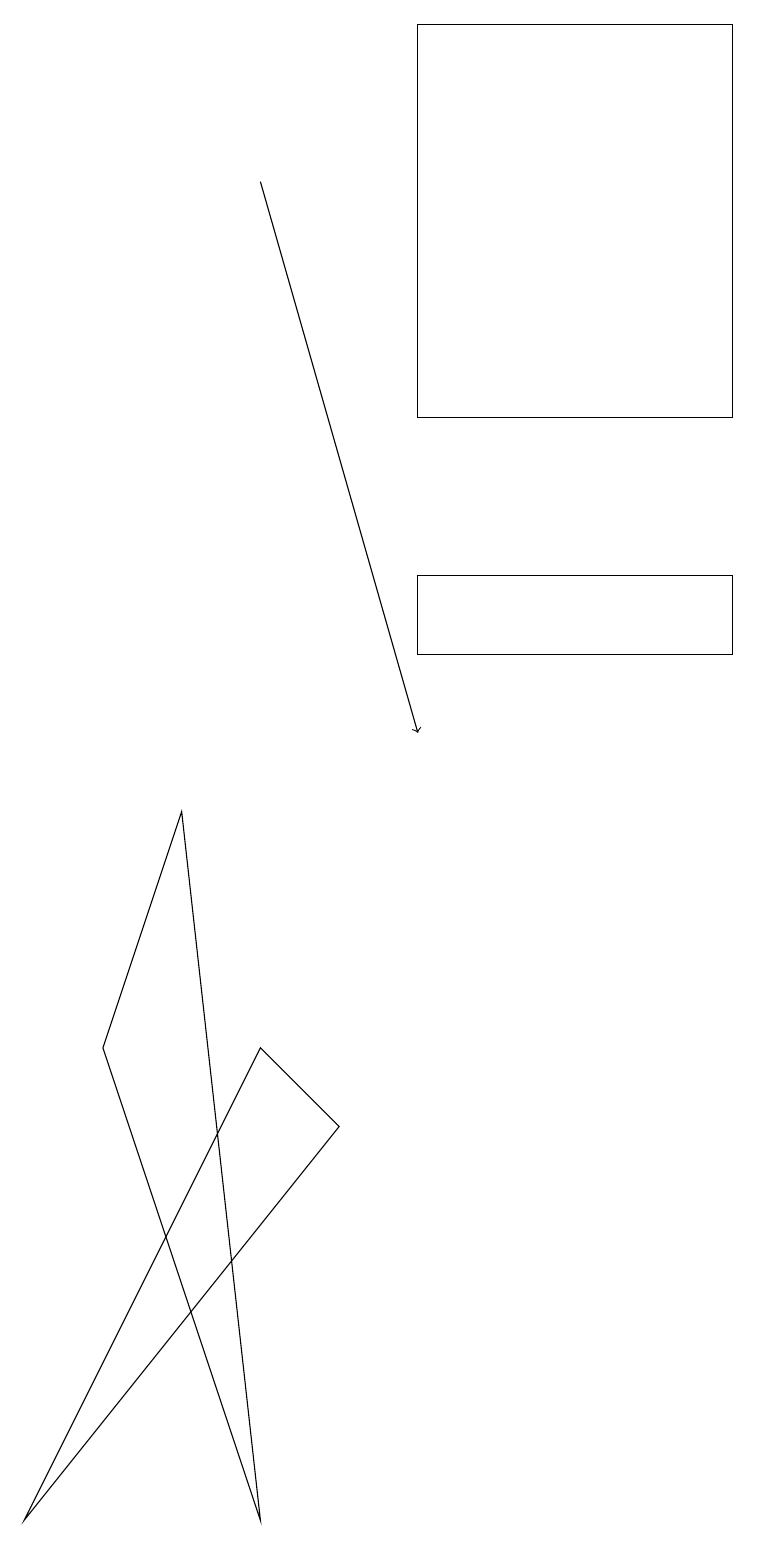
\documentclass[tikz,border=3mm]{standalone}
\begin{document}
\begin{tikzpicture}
\draw (0,0) -- (3,6) -- (4,5) -- cycle;
\draw (5,11) rectangle (9,12);
\draw (1,6) -- (2,9) -- (3,0) -- cycle;
\draw (5,14) rectangle (9,19);
\draw[->] (3,17) -- (5,10);
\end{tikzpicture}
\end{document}